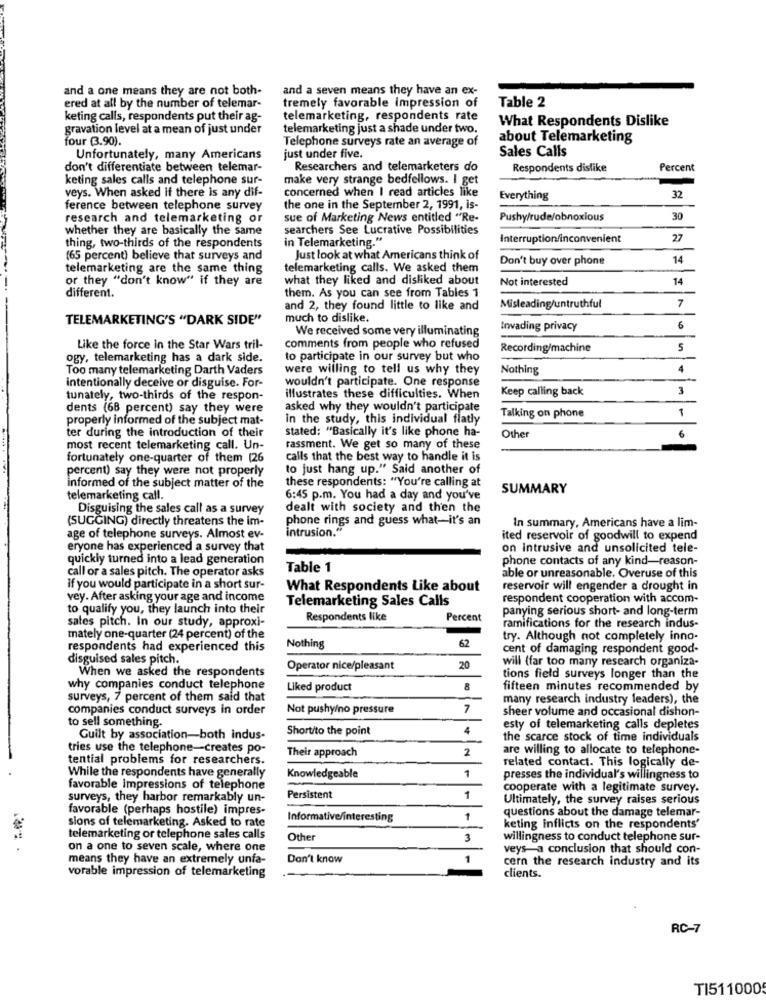
and a one means they are not both-
and a seven means they have an ex-
Table 2
ered at all by the number of telemar-
tremely favorable impression of
keting calls, respondents put their ag-
telemarketing, respondents rate
What Respondents Dislike
gravation level at a mean of just under
telemarketing just a shade under two.
four (3.90).
Telephone surveys rate an average of
about Telemarketing
Unfortunately, many Americans
just under five.
Sales Calls
don't differentiate between telemar-
Researchers and telemarketers do
Respondents dislike
Percent
keting sales calls and telephone sur-
make very strange bedfellows. I get
concerned when I read articles like
veys. When asked if there is any dif-
Everything
32
ference between telephone survey
the one in the September 2, 1991, is-
research and telemarketing or
sue of Marketing News entitled "Re-
Pushy/rude/obnoxious
30
whether they are basically the same
searchers See Lucrative Possibilities
thing, two-thirds of the respondents
in Telemarketing."
Interruption/inconvenient
27
(65 percent) believe that surveys and
Just look at what Americans think of
Don't buy over phone
14
telemarketing are the same thing
telemarketing calls. We asked them
or they "don't know" if they are
what they liked and disliked about
Not interested
14
different.
them. As you can see from Tables 1
7
and 2, they found little to like and
Misleading/untruthful
TELEMARKETING'S "DARK SIDE"
much to dislike.
We received some very illuminating
Invading privacy
6
Like the force in the Star Wars tril-
comments from people who refused
Recording/machine
5
ogy, telemarketing has a dark side.
to participate in our survey but who
Too many telemarketing Darth Vaders
were willing to tell us why they
Nothing
4
intentionally deceive or disguise. For-
wouldn't participate. One response
Keep calling back
3
tunately, two-thirds of the respon-
illustrates these difficulties. When
dents (68 percent) say they were
asked why they wouldn't participate
1
properly informed of the subject mat-
in the study, this individual flatly
Talking on phone
ter during the introduction of their
stated: "Basically it's like phone ha-
Other
6
most recent telemarketing call. Un-
rassment. We get so many of these
fortunately one-quarter of them (26
calls that the best way to handle it is
percent) say they were not properly
to just hang up." Said another of
these respondents: "You're calling at
informed of the subject matter of the
SUMMARY
telemarketing call.
6:45 p.m. You had a day and you've
Disguising the sales call as a survey
dealt with society and then the
(SUGGING) directly threatens the im-
phone rings and guess what-it's an
intrusion."
In summary, Americans have a lim-
age of telephone surveys. Almost ev-
ited reservoir of goodwill to expend
eryone has experienced a survey that
on intrusive and unsolicited tele-
quickly turned into a lead generation
phone contacts of any kind-reason-
call or a sales pitch. The operator asks
Table 1
able or unreasonable. Overuse of this
if you would participate in a short sur-
What Respondents Like about
reservoir will engender a drought in
vey. After asking your age and income
Telemarketing Sales Calls
respondent cooperation with accom-
to qualify you, they launch into their
panying serious short- and long-term
sales pitch. In our study, approxi-
Respondents like
Percent
ramifications for the research indus-
mately one-quarter (24 percent) of the
62
try. Although not completely inno-
respondents had experienced this
Nothing
cent of damaging respondent good-
disguised sales pitch.
will (far too many research organiza-
When we asked the respondents
Operator nice/pleasant
20
tions field surveys longer than the
why companies conduct telephone
Liked product
8
fifteen minutes recommended by
surveys, 7 percent of them said that
many research industry leaders), the
companies conduct surveys in order
Not pushy/no pressure
7
sheer volume and occasional dishon-
to sell something.
Short/to the point
4
esty of telemarketing calls depletes
Guilt by association-both indus-
the scarce stock of time individuals
tries use the telephone-creates po-
Their approach
2
are willing to allocate to telephone-
tential problems for researchers.
related contact. This logically de-
While the respondents have generally
Knowledgeable
1
presses the individual's willingness to
favorable impressions of telephone
cooperate with a legitimate survey.
surveys, they harbor remarkably un-
Persistent
1
Ultimately, the survey raises serious
favorable (perhaps hostile) impres-
questions about the damage telemar-
Informative/interesting
1
sions of telemarketing. Asked to rate
keting inflicts on the respondents'
telemarketing or telephone sales calls
Other
3
willingness to conduct telephone sur-
on a one to seven scale, where one
veys-a conclusion that should con-
means they have an extremely unfa-
Don't know
1
cern the research industry and its
vorable impression of telemarketing
clients.
RC-7
TI511000